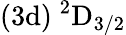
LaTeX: \mathrm{(3d)~^{2}D_{3/2}}